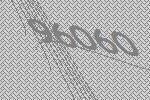
96060